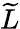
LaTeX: \widetilde{L}